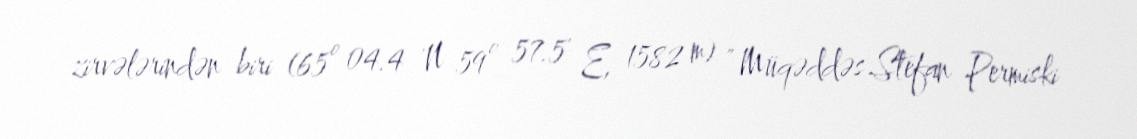
zirvələrindən biri (65º 04.4 'N 59º 57.5' E, 1582 m) " Müqəddəs Stefan Permiski